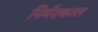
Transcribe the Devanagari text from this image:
निर्मदकाल